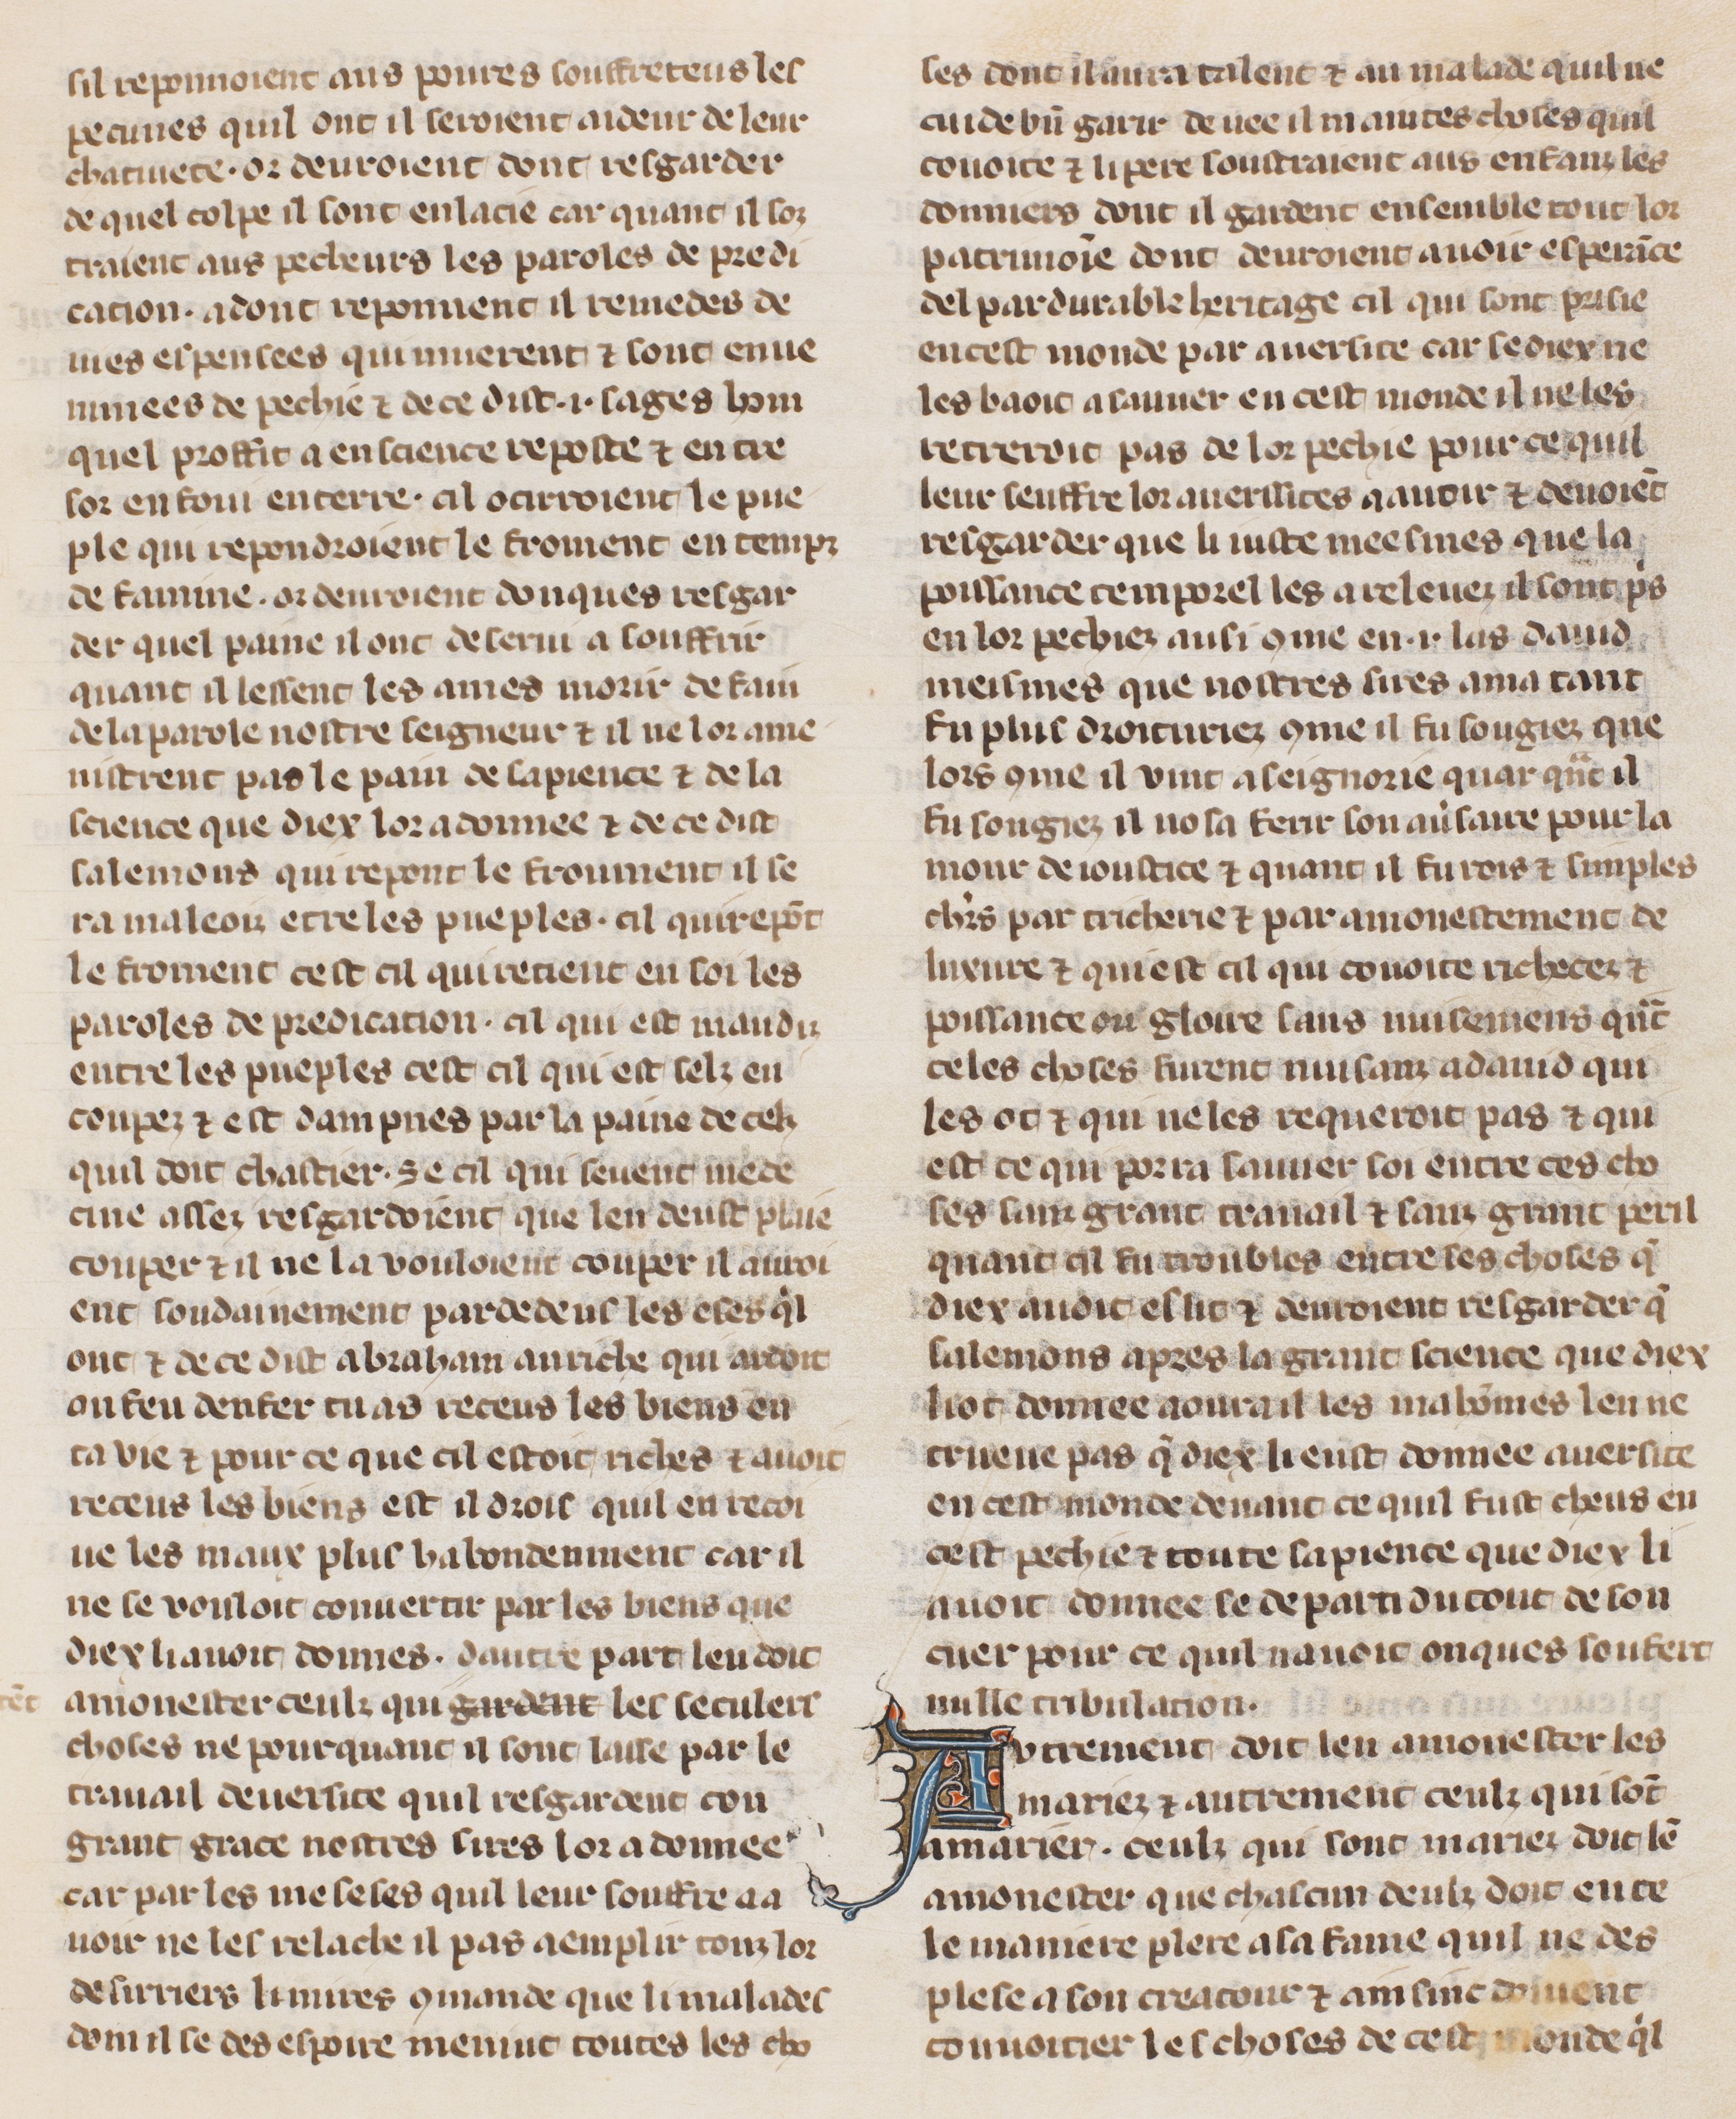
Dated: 1305–1335